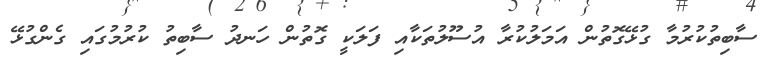
ސާބިތުކުރުމާ ގުޅޭގޮތުން އަމަލުކުރާ އުސޫލުތަކާއި ފަލަކީ ގޮތުން ހަނދު ސާބިތު ކުރުމުގައި ގެންގުޅޭ